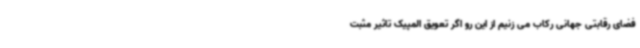
فضای رقابتی جهانی رکاب می زنیم از این رو اگر تعویق المپیک تاثیر مثبت